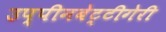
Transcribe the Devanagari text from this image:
उप्पीनबेट्टीगेरी